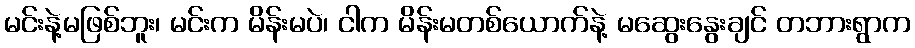
မင်းနဲ့မဖြစ်ဘူး၊ မင်းက မိန်းမပဲ၊ ငါက မိန်းမတစ်ယောက်နဲ့ မဆွေးနွေးချင် တဘားရွာက